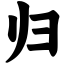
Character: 归